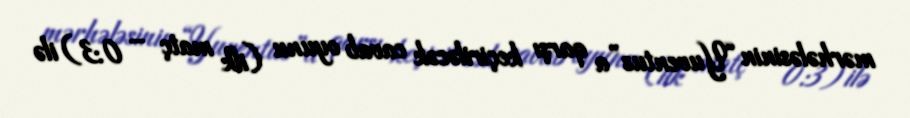
mərhələsinin “Yuventus”a qarşı keçiriləcək cavab oyunu (ilk matç – 0:3) ilə